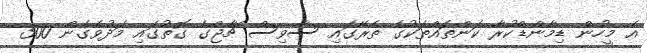
އެ މީހުން ޑިމާންޑްކުރާ ކަންތައްތަކުގެ ތެރޭގައި ސާވިސް ޗާޖްގެ ގޮތުގައި މަދުވެގެން 300